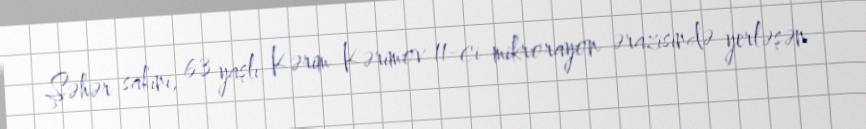
Şəhər sakini, 63 yaşlı Kərim Kərimov 11-ci mikrorayon ərazisində yerləşən